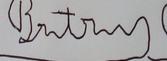
Signature authenticity: forged